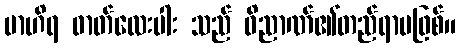
ဗာဟိရ ဓာတ်လေးပါး သည် ဝိညာဏ်၏တည်ရာမဖြစ်။